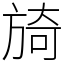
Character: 旑